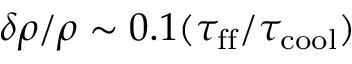
\delta \rho / \rho \sim 0 . 1 ( \tau _ { \mathrm { f f } } / \tau _ { \mathrm { c o o l } } )